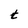
Character: t